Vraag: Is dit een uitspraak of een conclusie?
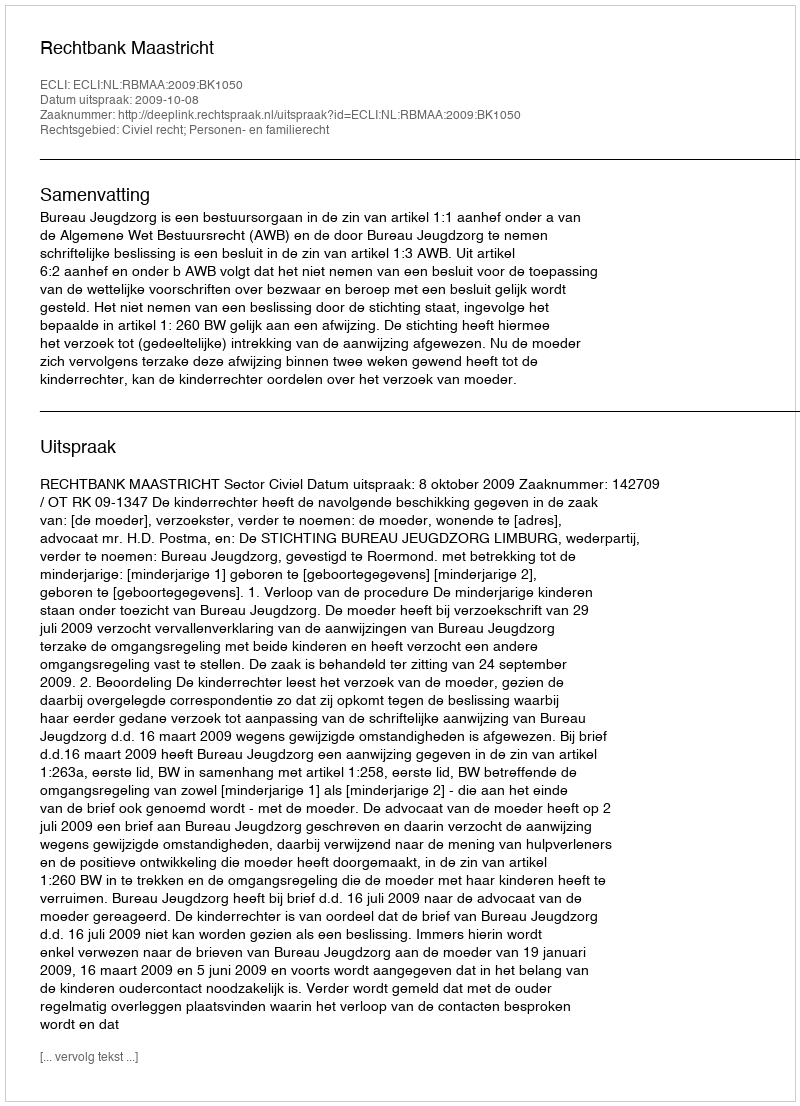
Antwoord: Uitspraak